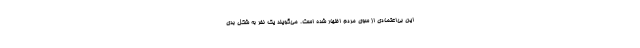
این بی‌اعتمادی از سوی مردم اظهار شده است. می‌گویند یک نفر به شکل بدی